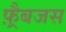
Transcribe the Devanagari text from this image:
फ़्रैबजस